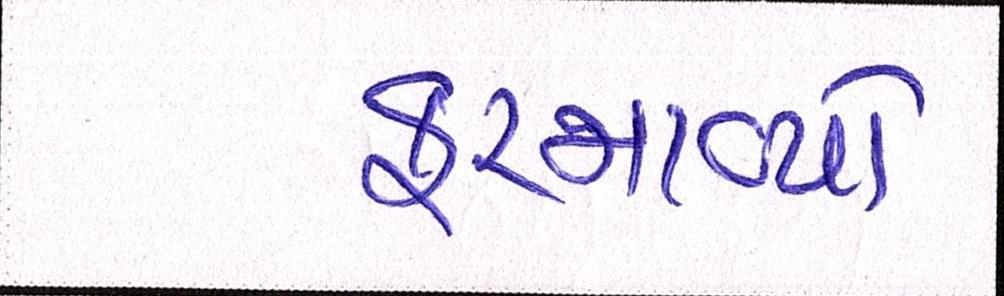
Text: ફરમાવ્યો